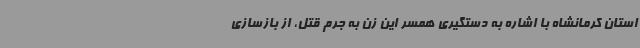
استان کرمانشاه با اشاره به دستگیری همسر این زن به جرم قتل، از بازسازی